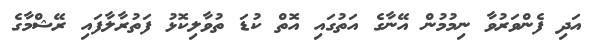
އަދި ފެންވަރުވާ ނިމުމުން އޭނާގެ އަތުގައި އޮތް ކުޑަ ތުވާލިކޮޅު ފަތުރާލާފައި ރޭޝްމާގެ